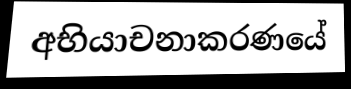
අභියාචනාකරණයේ